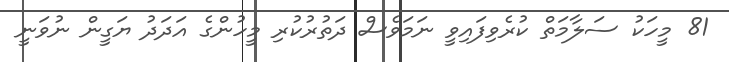
81 މީހަކު ސަލާމަތް ކުރެވިފައިވީ ނަމަވެސް ދަތުރުކުރި މީހުންގެ އަދަދު ޔަގީން ނުވަނީ